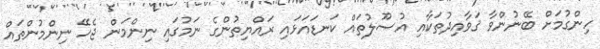
ހިންގުމަށް ބޭނުންވާ ޤަވާއިދުތަކާއި އުޞޫލުތައް ކަނޑައަޅައި ރައްޔިތުންގެ ނަމުގައި ނިންމަން ޖެހޭ ނިންމުންތައް